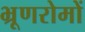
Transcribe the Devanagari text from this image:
भ्रूणरोमों